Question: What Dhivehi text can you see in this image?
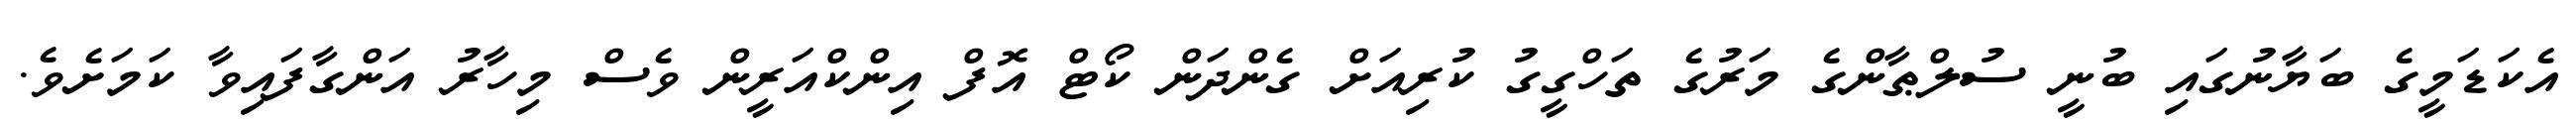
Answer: އެކަޑަމީގެ ބަޔާނުގައި ބުނީ ސުލްޠާންގެ މަރުގެ ތަހްގީގު ކުރިއަށް ގެންދަން ކޯޓް އޮފް އިންކްއަރީން ވެސް މިހާރު އަންގާފައިވާ ކަމަށެވެ.